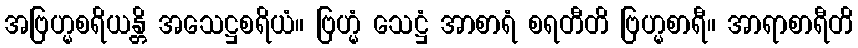
အဗြဟ္မစရိယန္တိ အသေဋ္ဌစရိယံ။ ဗြဟ္မံ သေဋ္ဌံ အာစာရံ စရတီတိ ဗြဟ္မစာရီ။ အာရာစာရီတိ